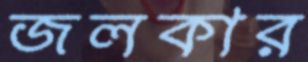
জলকার